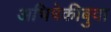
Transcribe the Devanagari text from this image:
अभिषेकीबुवा